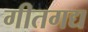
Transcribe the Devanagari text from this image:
गीतगद्य